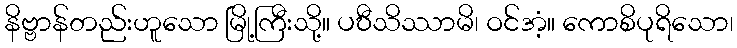
နိဗ္ဗာန်တည်းဟူသော မြို့ကြီးသို့။ ပဎီသိဿာမိ၊ ဝင်အံ့။ ကောစိပုရိသော၊